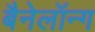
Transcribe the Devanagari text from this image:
बैनेलॉन्ग